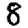
Digit: 8